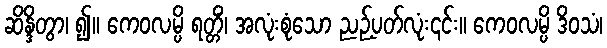
ဆိန္ဒိတွာ၊ ၍။ ကေဝလမ္ပိ ရတ္တိံ၊ အလုံးစုံသော ညဉ့်ပတ်လုံး၎င်း။ ကေဝလမ္ပိ ဒိဝသံ၊